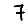
Digit: 7